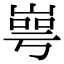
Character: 㟧